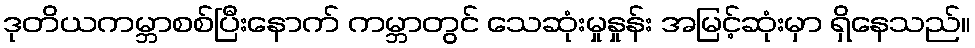
ဒုတိယကမ္ဘာစစ်ပြီးနောက် ကမ္ဘာတွင် သေဆုံးမှုနှုန်း အမြင့်ဆုံးမှာ ရှိနေသည်။